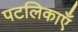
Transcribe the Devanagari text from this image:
पटलिकाएँ